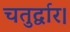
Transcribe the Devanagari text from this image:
चतुर्द्वार।